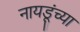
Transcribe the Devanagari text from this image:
नायडूंच्या